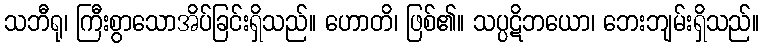
သဘီရု၊ ကြီးစွာသောအိပ်ခြင်းရှိသည်။ ဟောတိ၊ ဖြစ်၏။ သပ္ပဋိဘယော၊ ဘေးဘျမ်းရှိသည်။